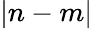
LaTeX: |n-m|